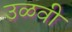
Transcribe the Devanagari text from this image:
उळवी